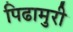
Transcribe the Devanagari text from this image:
पिढामुरी